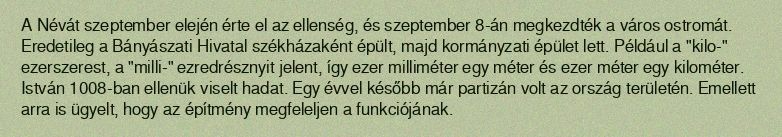
A Névát szeptember elején érte el az ellenség, és szeptember 8-án megkezdték a város ostromát. Eredetileg a Bányászati Hivatal székházaként épült, majd kormányzati épület lett. Például a "kilo-" ezerszerest, a "milli-" ezredrésznyit jelent, így ezer milliméter egy méter és ezer méter egy kilométer. István 1008-ban ellenük viselt hadat. Egy évvel később már partizán volt az ország területén. Emellett arra is ügyelt, hogy az építmény megfeleljen a funkciójának.